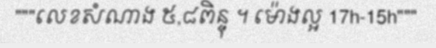
"""លេខសំណាង ៥,៨ពិន្ទុ ។ ម៉ោងល្អ 17h-15h"""